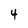
Character: 4